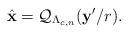
LaTeX: \begin{align*}\hat{\mathbf x} = \mathcal Q_{\Lambda_{c,n}}(\mathbf y'/r).\end{align*}